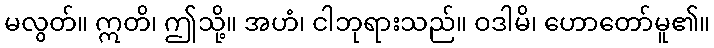
မလွတ်။ ဣတိ၊ ဤသို့။ အဟံ၊ ငါဘုရားသည်။ ဝဒါမိ၊ ဟောတော်မူ၏။